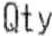
QTY